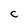
Character: C